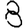
Digit: 8